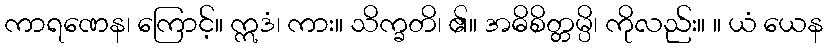
ကာရဏေန၊ ကြောင့်။ ဣဒံ၊ ကား။ သိက္ခတိ၊ ၏။ အဓိစိတ္တမ္ပိ၊ ကိုလည်း။ ။ ယံ ယေန